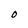
Character: 0